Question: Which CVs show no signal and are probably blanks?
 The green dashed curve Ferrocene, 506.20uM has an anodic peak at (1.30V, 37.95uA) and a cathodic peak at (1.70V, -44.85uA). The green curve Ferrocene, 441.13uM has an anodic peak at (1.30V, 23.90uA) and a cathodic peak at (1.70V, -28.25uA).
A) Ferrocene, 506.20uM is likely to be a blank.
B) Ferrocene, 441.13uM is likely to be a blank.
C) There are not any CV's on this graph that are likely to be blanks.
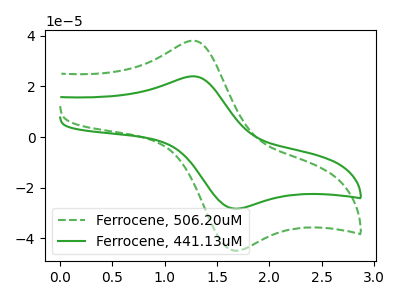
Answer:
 <answer>C) There are not any CV's on this graph that are likely to be blanks.</answer>
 <eval>C</eval>